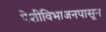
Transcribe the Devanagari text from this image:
पेशीविभाजनपासून